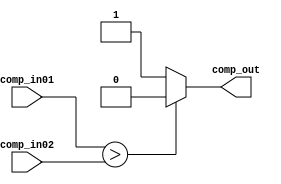
`timescale 1ns/1ps

module PUF_comparator(

	input [31:0] comp_in01, comp_in02,
	output reg comp_out
);

always@(*)
begin

	if(comp_in01 > comp_in02) comp_out <= 1'b0;
	else comp_out <= 1'b1;
	
end

endmodule